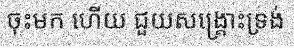
ចុះមក ហើយ ជួយសង្គ្រោះទ្រង់